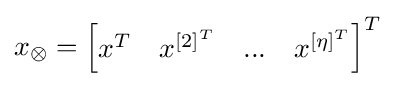
x_{\otimes }={\begin{bmatrix}x^{T}&x^{{[2]}^{T}}&...&x^{{[\eta ]}^{T}}\end{bmatrix}}^{T}